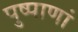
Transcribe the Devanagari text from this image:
पुष्पाणां